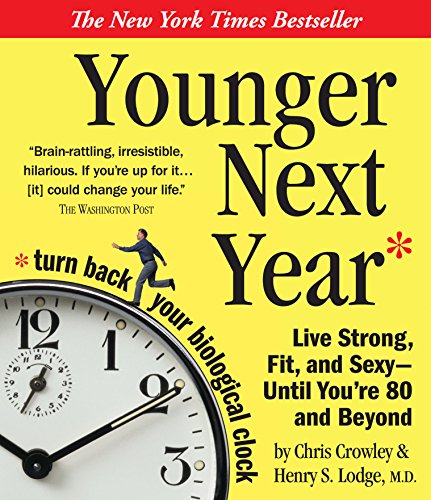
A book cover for Younger Next Year: A Man's Guide to Living Like 50 Until You're 80 and Beyond; Chris Crowley; Humor & Entertainment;